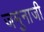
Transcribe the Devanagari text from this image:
जमुनाजी